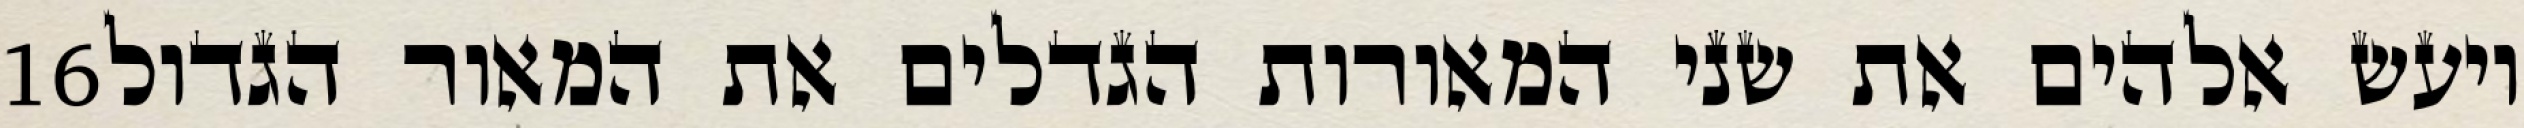
‎16‏ ויעש אלהים את שני המאורות הגדלים את המאור הגדול